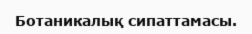
Ботаникалық сипаттамасы.